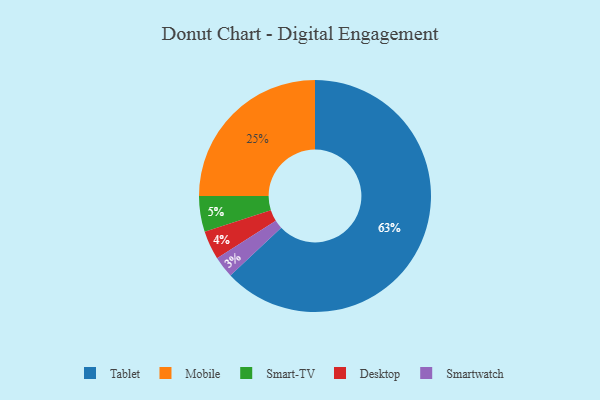
{"axis": {"x": "Category", "y": "Percentage"}, "legend": ["Desktop", "Mobile", "Smart-TV", "Smartwatch", "Tablet"], "data": [{"x": "Desktop", "y": 4, "type": "Desktop"}, {"x": "Tablet", "y": 63, "type": "Tablet"}, {"x": "Smart-TV", "y": 5, "type": "Smart-TV"}, {"x": "Mobile", "y": 25, "type": "Mobile"}, {"x": "Smartwatch", "y": 3, "type": "Smartwatch"}]}